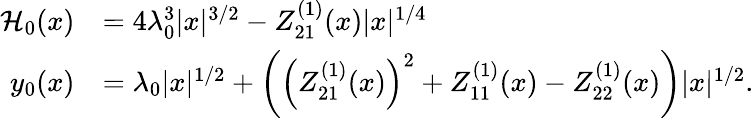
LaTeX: \begin{array}{rl}{\mathcal{H}_{0}(x)}&{=4\lambda_{0}^{3}|x|^{3/2}-Z_{21}^{(1)}(x)|x|^{1/4}}\\ {y_{0}(x)}&{=\lambda_{0}|x|^{1/2}+\left(\left(Z_{21}^{(1)}(x)\right)^{2}+Z_{11}^{(1)}(x)-Z_{22}^{(1)}(x)\right)|x|^{1/2}.}\end{array}